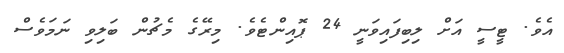
އެވެ. ޓީސީ އަށް ލިބިފައިވަނީ 24 ޕޮއިންޓެވެ. މިރޭގެ މެޗުން ބަލިވި ނަމަވެސް